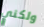
ولكني